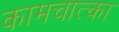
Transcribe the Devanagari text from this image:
कामचात्का